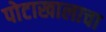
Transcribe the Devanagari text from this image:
पोटाखालाचा